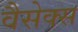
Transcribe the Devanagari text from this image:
वैसेक्स